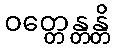
ဝတ္တေန္တန္တိ